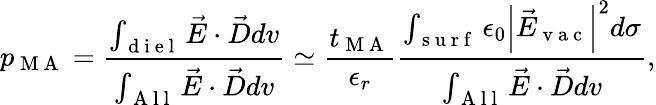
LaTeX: p_{\mathrm{~M~A~}}=\frac{\int_{\mathrm{~d~i~e~l~}}\vec{E}\cdot\vec{D}dv}{\int_{\mathrm{~A~l~l~}}\vec{E}\cdot\vec{D}dv}\simeq\frac{t_{\mathrm{~M~A~}}}{\epsilon_{r}}\frac{\int_{\mathrm{~s~u~r~f~}}\epsilon_{0}\left|\vec{E}_{\mathrm{~v~a~c~}}\right|^{2}d\sigma}{\int_{\mathrm{~A~l~l~}}\vec{E}\cdot\vec{D}dv},